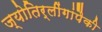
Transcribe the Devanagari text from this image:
ज्योतिर्लींगांपैकी